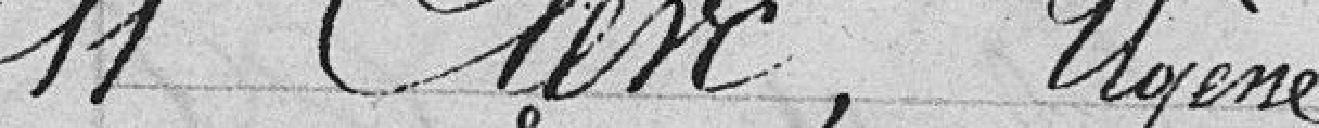
11 Clerc, Ugène